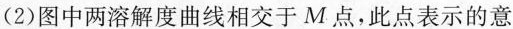
(2)图中两溶解度曲线相交于M点，此点表示的意